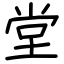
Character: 堂